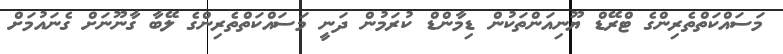
މަސައްކަތްތެރިންގެ ޓްރޭޑް ޔޫނިއަންތަކުން ޑިމާންޑް ކުރަމުން ދަނީ މަސައްކަތްތެރިންގެ ލޭބާ ގާނޫނަށް ގެނައުމަށް